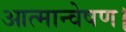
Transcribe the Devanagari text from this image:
आत्मान्वेषण।